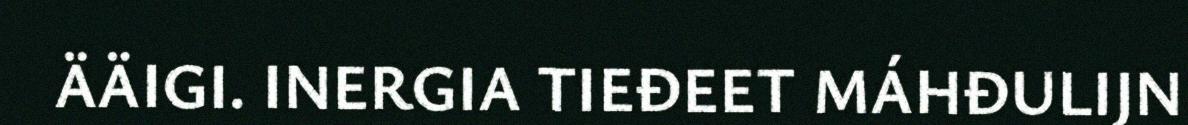
ÄÄIGI. INERGIA TIEĐEET MÁHĐULIJN